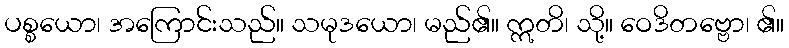
ပစ္စယော၊ အကြောင်းသည်။ သမုဒယော၊ မည်၏။ ဣတိ၊ သို့။ ဝေဒိတဗ္ဗော၊ ၏။